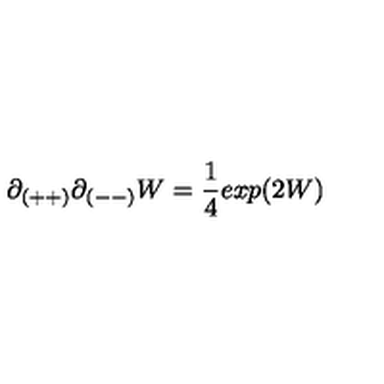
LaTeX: \partial _ { ( + + ) } \partial _ { ( -- ) } W = { \frac { 1 } { 4 } } e x p ( 2 W )